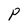
Character: P